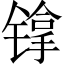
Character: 镎